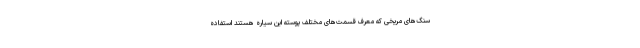
سنگ‌های مریخی که معرف قسمت‌های مختلف پوسته این سیاره هستند استفاده